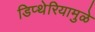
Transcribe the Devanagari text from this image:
डिप्थेरियामुळे